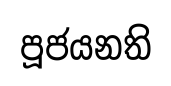
පූජයනති